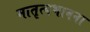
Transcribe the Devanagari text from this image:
मातृत्वभावना